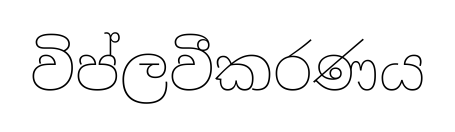
විප්ලවීකරණය